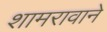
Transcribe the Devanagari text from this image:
शामरावाने